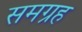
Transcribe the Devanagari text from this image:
समग्रह